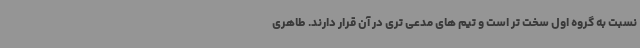
نسبت به گروه اول سخت تر است و تیم های مدعی تری در آن قرار دارند. طاهری